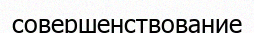
совершенствование